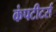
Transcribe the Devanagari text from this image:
कंपटीटर्स